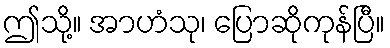
ဤသို့။ အာဟံသု၊ ပြောဆိုကုန်ပြီ။